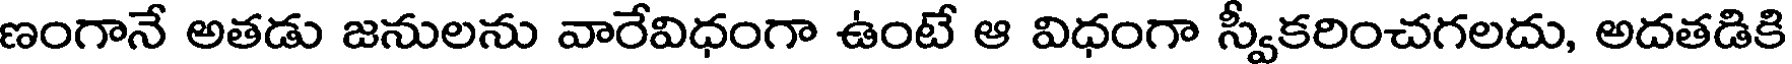
ణంగానే అతడు జనులను వారేవిధంగా ఉంటే ఆ విధంగా స్వీకరించగలదు, అదతడికి